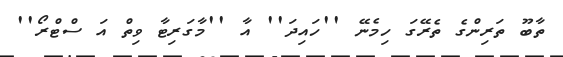
ތާބޫ ތަރިންގެ ތެރޭގަ ހިމެނޭ ''ހައިދަ'' އާ ''މާގަރިޓާ ވިތް އަ ސްޓްރޯ''